Annual report of the Bengal Veterinary College and of the Civil Veterinary Department, Bengal, for the year 1914-1915 - 1914-1915
Year: 1914
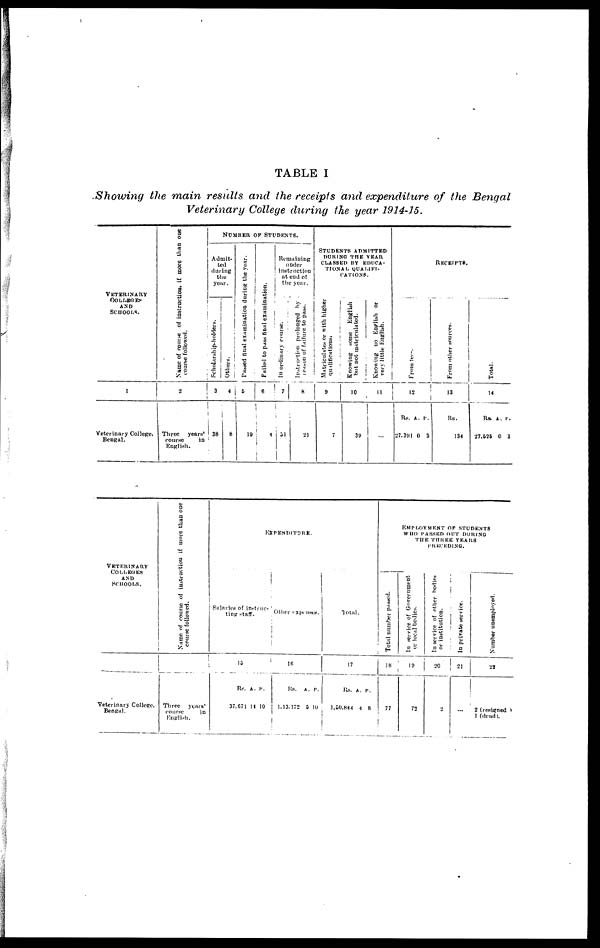
TABLE I
Showing the main results and the receipts and expenditure of the Bengal
Veterinary College during the year 1914-15.
VETERINARY
COLLEGES
AND
SCHOOLS.
1
Veterinary College.
Bengal.
Name of course of instruction, if more titan one
course followed.
2
Three
years'
course
in
English.
NUMBER OF STUDENTS.
Admit-
ted
during
the
year.
Scholarship-holders.
3
38
Others.
4
8
Passed final examination during the year.
5
19
Failed to pass final examination.
6
4
Remaining
under
instruction
at end of
the year.
In ordinary course.
7
51
Instruction
prolonged by
reason of failure to pass.
8
21
STUDENTS ADMITTED
DURING THE YEAR
CLASSED BY EDUCA-
TIONAL QUALIFI-
CATIONS.
Matriculates
or with higher
qualifications)
9
7
Knowing some English
but not matriculated.
10
39
Knowing no English or
very little English.
11
...
RECEIPTS.
From fees.
12
Rs. A. P.
27,391 0
3
From other sources.
13
Rs.
134
Total.
14
Rs. A. P.
27,525 0 3
VETERINARY
COLLEGES
AND
SCHOOLS.
Veterinary College,
Bengal.
Name of course of instruction if more than one
course followed.
Three
years'
course
in
English.
EXPENDITURE.
Salaries of instruc-
ting staff.
15
Rs. A. P.
37,671 14 10
Other expenses.
16
Rs. A. P.
1,13,172 5 10
Total.
17
Rs. A. P.
1,50,844 4 8
EMPLOYMENT OF STUDENTS
WHO PASSED OUT DURING
THE THREE YEARS
PRECEDING.
Total number passed.
18
77
In
service of Government
or local bodies.
19
72
In
service of other bodies
or institution.
20
2
In private service.
21
...
Number unemployed.
22
2 (resigned
1 (dead).